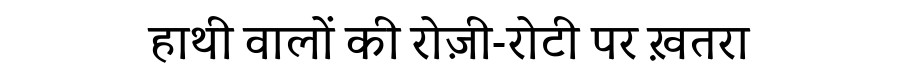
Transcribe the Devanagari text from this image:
हाथी वालों की रोज़ी-रोटी पर ख़तरा